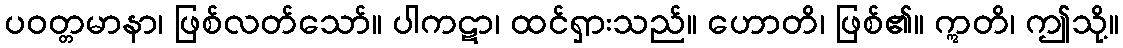
ပဝတ္တမာနာ၊ ဖြစ်လတ်သော်။ ပါကဋာ၊ ထင်ရှားသည်။ ဟောတိ၊ ဖြစ်၏။ ဣတိ၊ ဤသို့။